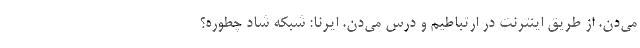
می‌دن. از طریق اینترنت در ارتباطیم و درس می‌دن. ایرنا: شبکه شاد چطوره؟